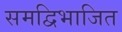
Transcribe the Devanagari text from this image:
समद्विभाजित